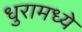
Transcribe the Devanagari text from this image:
धुरामध्ये